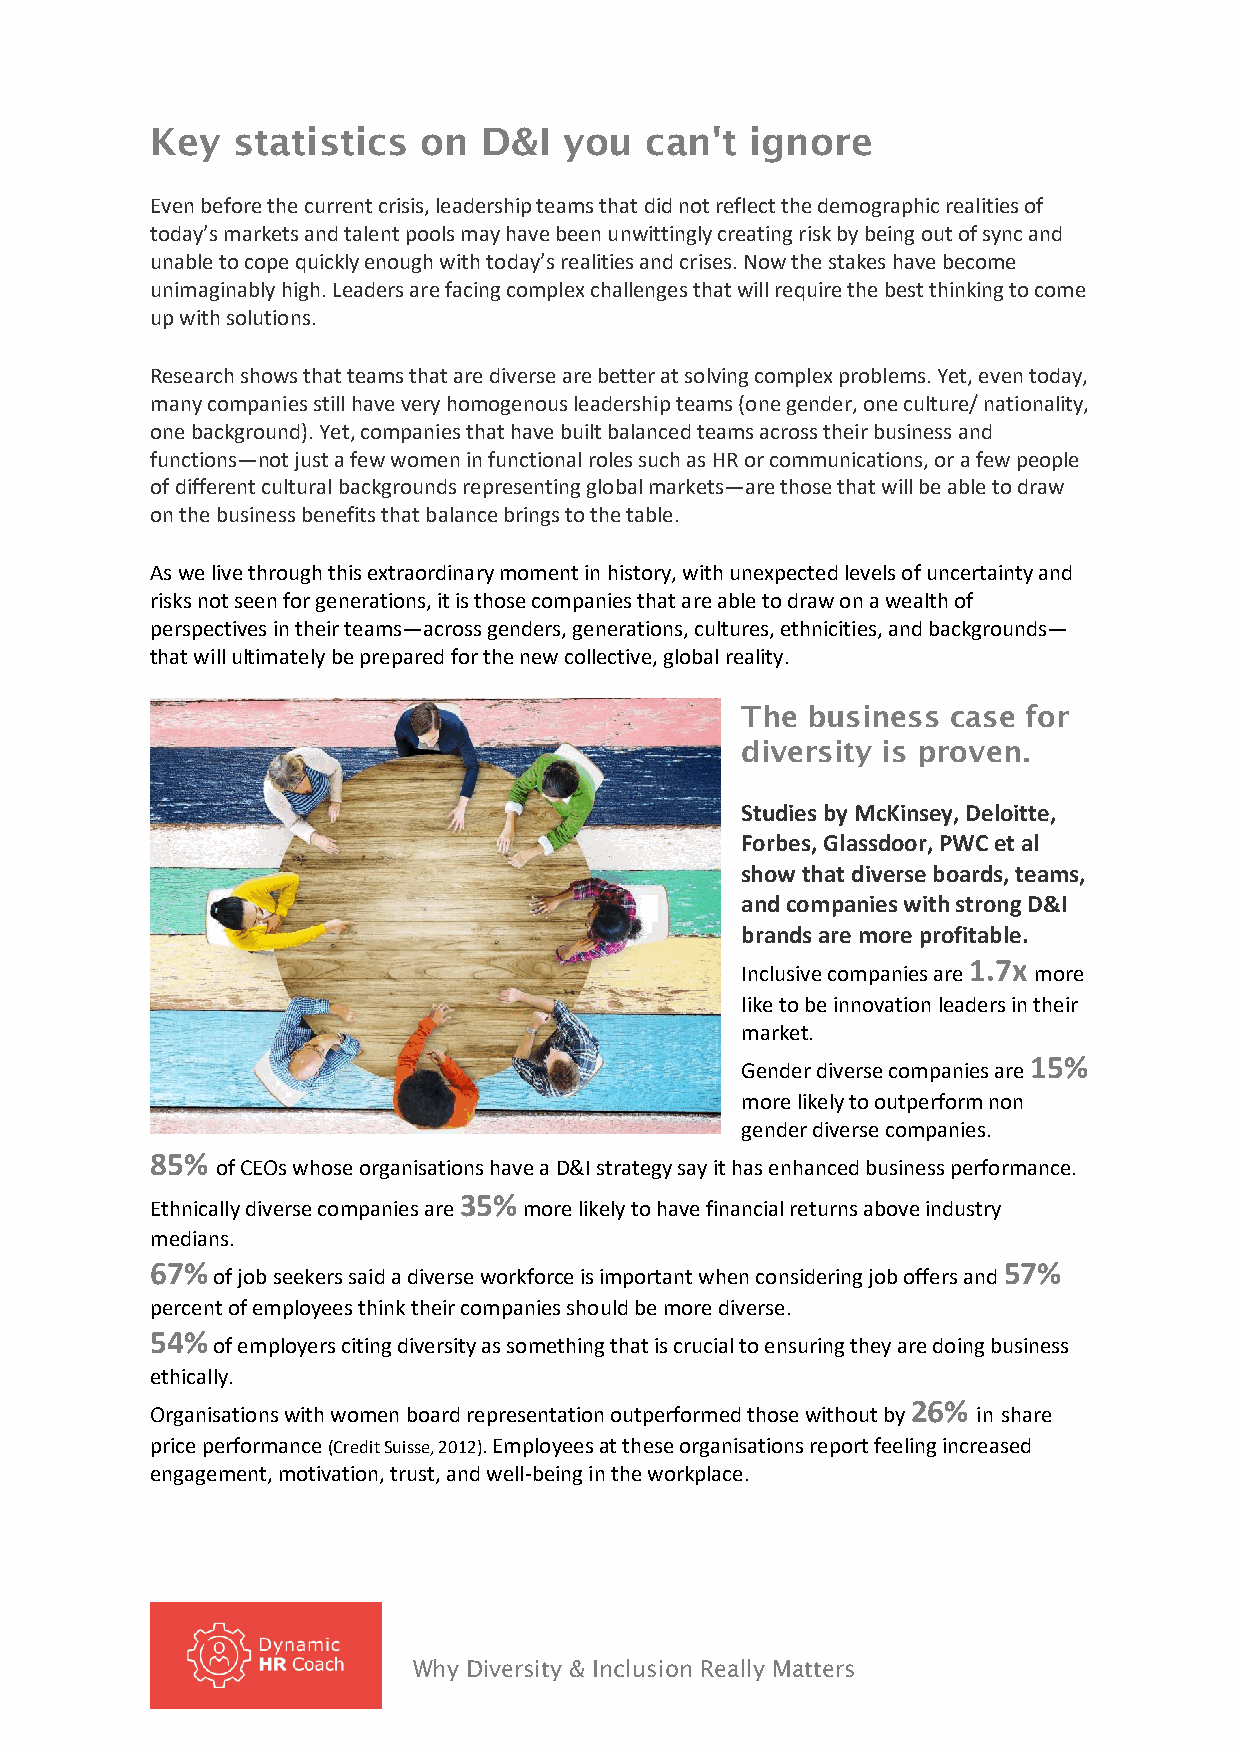
Key  statistics   on  D&I  you   can't  ignore
 Even before the current crisis, leadership teams that did not reflect the demographic realities of
 today’s markets and talent pools may have been unwittingly creating risk by being out of sync and
 unable to cope quickly enough with today’s realities and crises. Now the stakes have become
 unimaginably high. Leaders are facing complex challenges that will require the best thinking to come
 up with solutions.
 Research shows that teams that are diverse are better at solving complex problems. Yet, even today,
 many companies still have very homogenous leadership teams (one gender, one culture/ nationality,
 one background). Yet, companies that have built balanced teams across their business and
 functions—not just a few women in functional roles such as HR or communications, or a few people
 of different cultural backgrounds representing global markets—are those that will be able to draw
 on the business benefits that balance brings to the table.
 As we live through this extraordinary moment in history, with unexpected levels of uncertainty and
 risks not seen for generations, it is those companies that are able to draw on a wealth of
 perspectives in their teams—across genders, generations, cultures, ethnicities, and backgrounds—
 that will ultimately be prepared for the new collective, global reality.
 The business  case for
 diversity is proven.
 Studies by McKinsey, Deloitte,
 Forbes, Glassdoor, PWC et al
 show that diverse boards, teams,
 and companies with strong D&I
 brands are more profitable.
 1.7x
 Inclusive companies are more
 like to be innovation leaders in their
 market.
 15%
 Gender diverse companies are
 more likely to outperform non
 gender diverse companies.
 85%
 of CEOs whose organisations have a D&I strategy say it has enhanced business performance.
 35%
 Ethnically diverse companies are more likely to have financial returns above industry
 medians.
 67%                                                     57%
 of job seekers said a diverse workforce is important when considering job offers and
 percent of employees think their companies should be more diverse.
 54%
 of employers citing diversity as something that is crucial to ensuring they are doing business
 ethically.
 26%
 Organisations with women board representation outperformed those without by in share
 price performance (Credit Suisse, 2012). Employees at these organisations report feeling increased
 engagement, motivation, trust, and well-being in the workplace.
 Why Diversity & Inclusion Really Matters